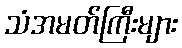
သံအမတ်ကြီးများ